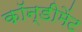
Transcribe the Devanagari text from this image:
कॉन्डीमेंट